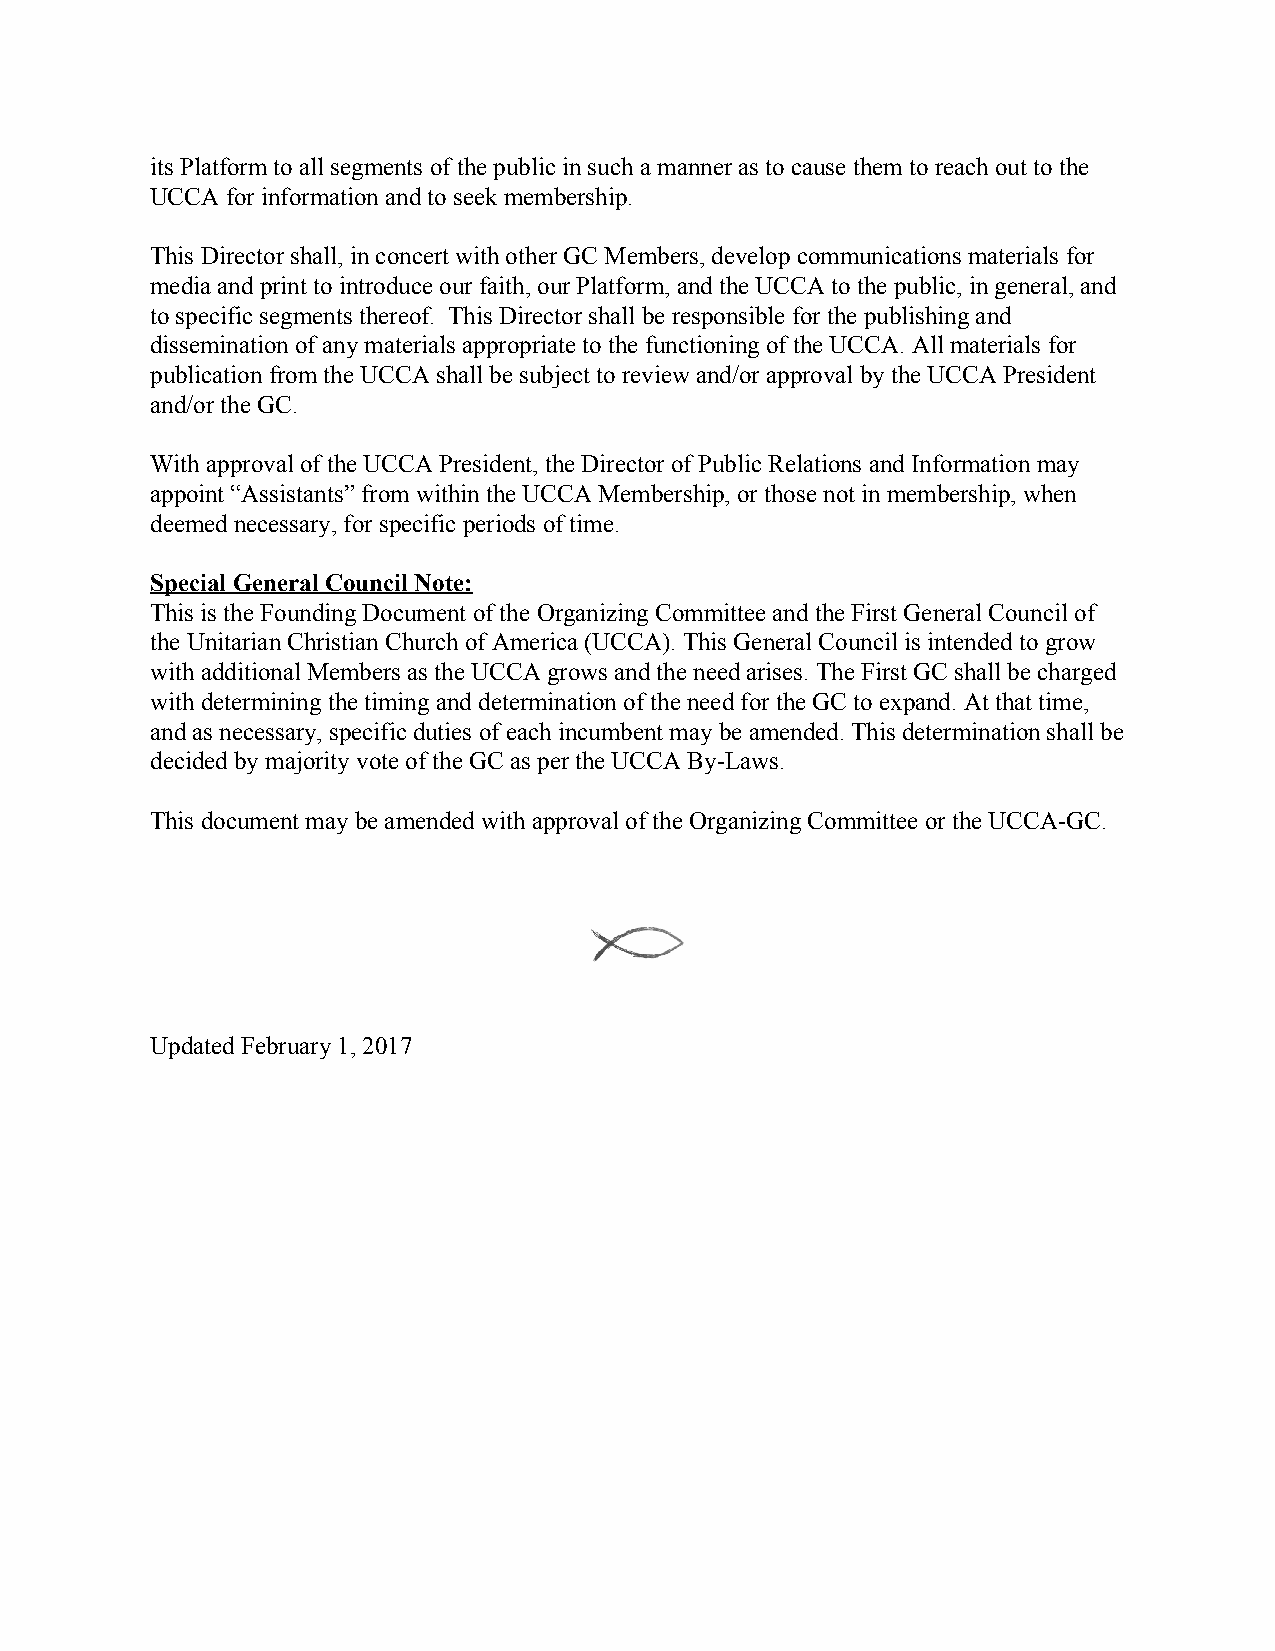
its Platform to all segments of the public in such a manner as to cause them to reach out to the
 UCCA for information and to seek membership.
 This Director shall, in concert with other GC Members, develop communications materials for
 media and print to introduce our faith, our Platform, and the UCCA to the public, in general, and
 to specific segments thereof. This Director shall be responsible for the publishing and
 dissemination of any materials appropriate to the functioning of the UCCA. All materials for
 publication from the UCCA shall be subject to review and/or approval by the UCCA President
 and/or the GC.
 With approval of the UCCA President, the Director of Public Relations and Information may
 appoint “Assistants” from within the UCCA Membership, or those not in membership, when
 deemed necessary, for specific periods of time.
 Special General Council Note:
 This is the Founding Document of the Organizing Committee and the First General Council of
 the Unitarian Christian Church of America (UCCA). This General Council is intended to grow
 with additional Members as the UCCA grows and the need arises. The First GC shall be charged
 with determining the timing and determination of the need for the GC to expand. At that time,
 and as necessary, specific duties of each incumbent may be amended. This determination shall be
 decided by majority vote of the GC as per the UCCA By-Laws.
 This document may be amended with approval of the Organizing Committee or the UCCA-GC.
 Updated February 1, 2017